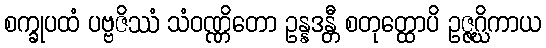
စက္ခုပထံ ပဗ္ဗဇိဿံ သံဝဏ္ဏိတော ဥန္နဒန္တီ စတုတ္ထောပိ ဥဇ္ဇဂ္ဃိကာယ